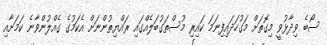
ސޯބެ ވިދާޅުވީ މިގޮތަށް މަގުހަދައިފިނަމަ ކައިރި މުސްތަގުބަލެއްގައި ރައްޔިތުންނަށް އެކަމުގެ ގެއްލުންވާނެ ކަމަށާއި